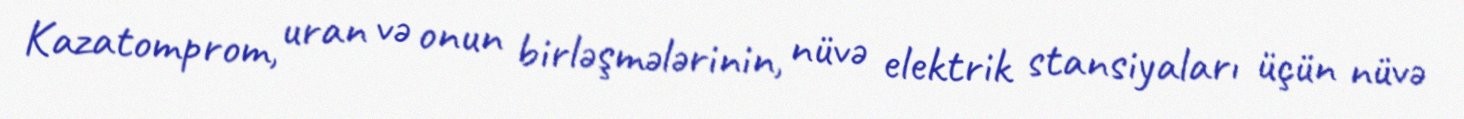
Kazatomprom, uran və onun birləşmələrinin, nüvə elektrik stansiyaları üçün nüvə